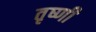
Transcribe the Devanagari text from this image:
तृष्णी